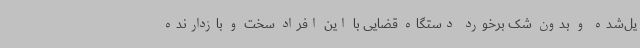
یل‌شده و بدون شک برخورد دستگاه قضایی با این افراد سخت و بازدارنده